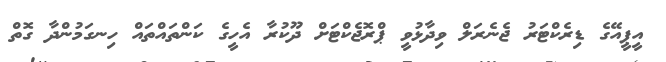
އީޕީއޭގެ ޑިރެކްޓަރު ޖެނެރަލް ވިދާޅުވީ ޕްރޮޖެކްޓަށް ދޫކުރާ އެހީގެ ކަންތައްތައް ހިނގަމުންދާ ގޮތް